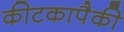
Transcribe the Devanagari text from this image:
कीटकापैकी